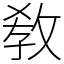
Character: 敎